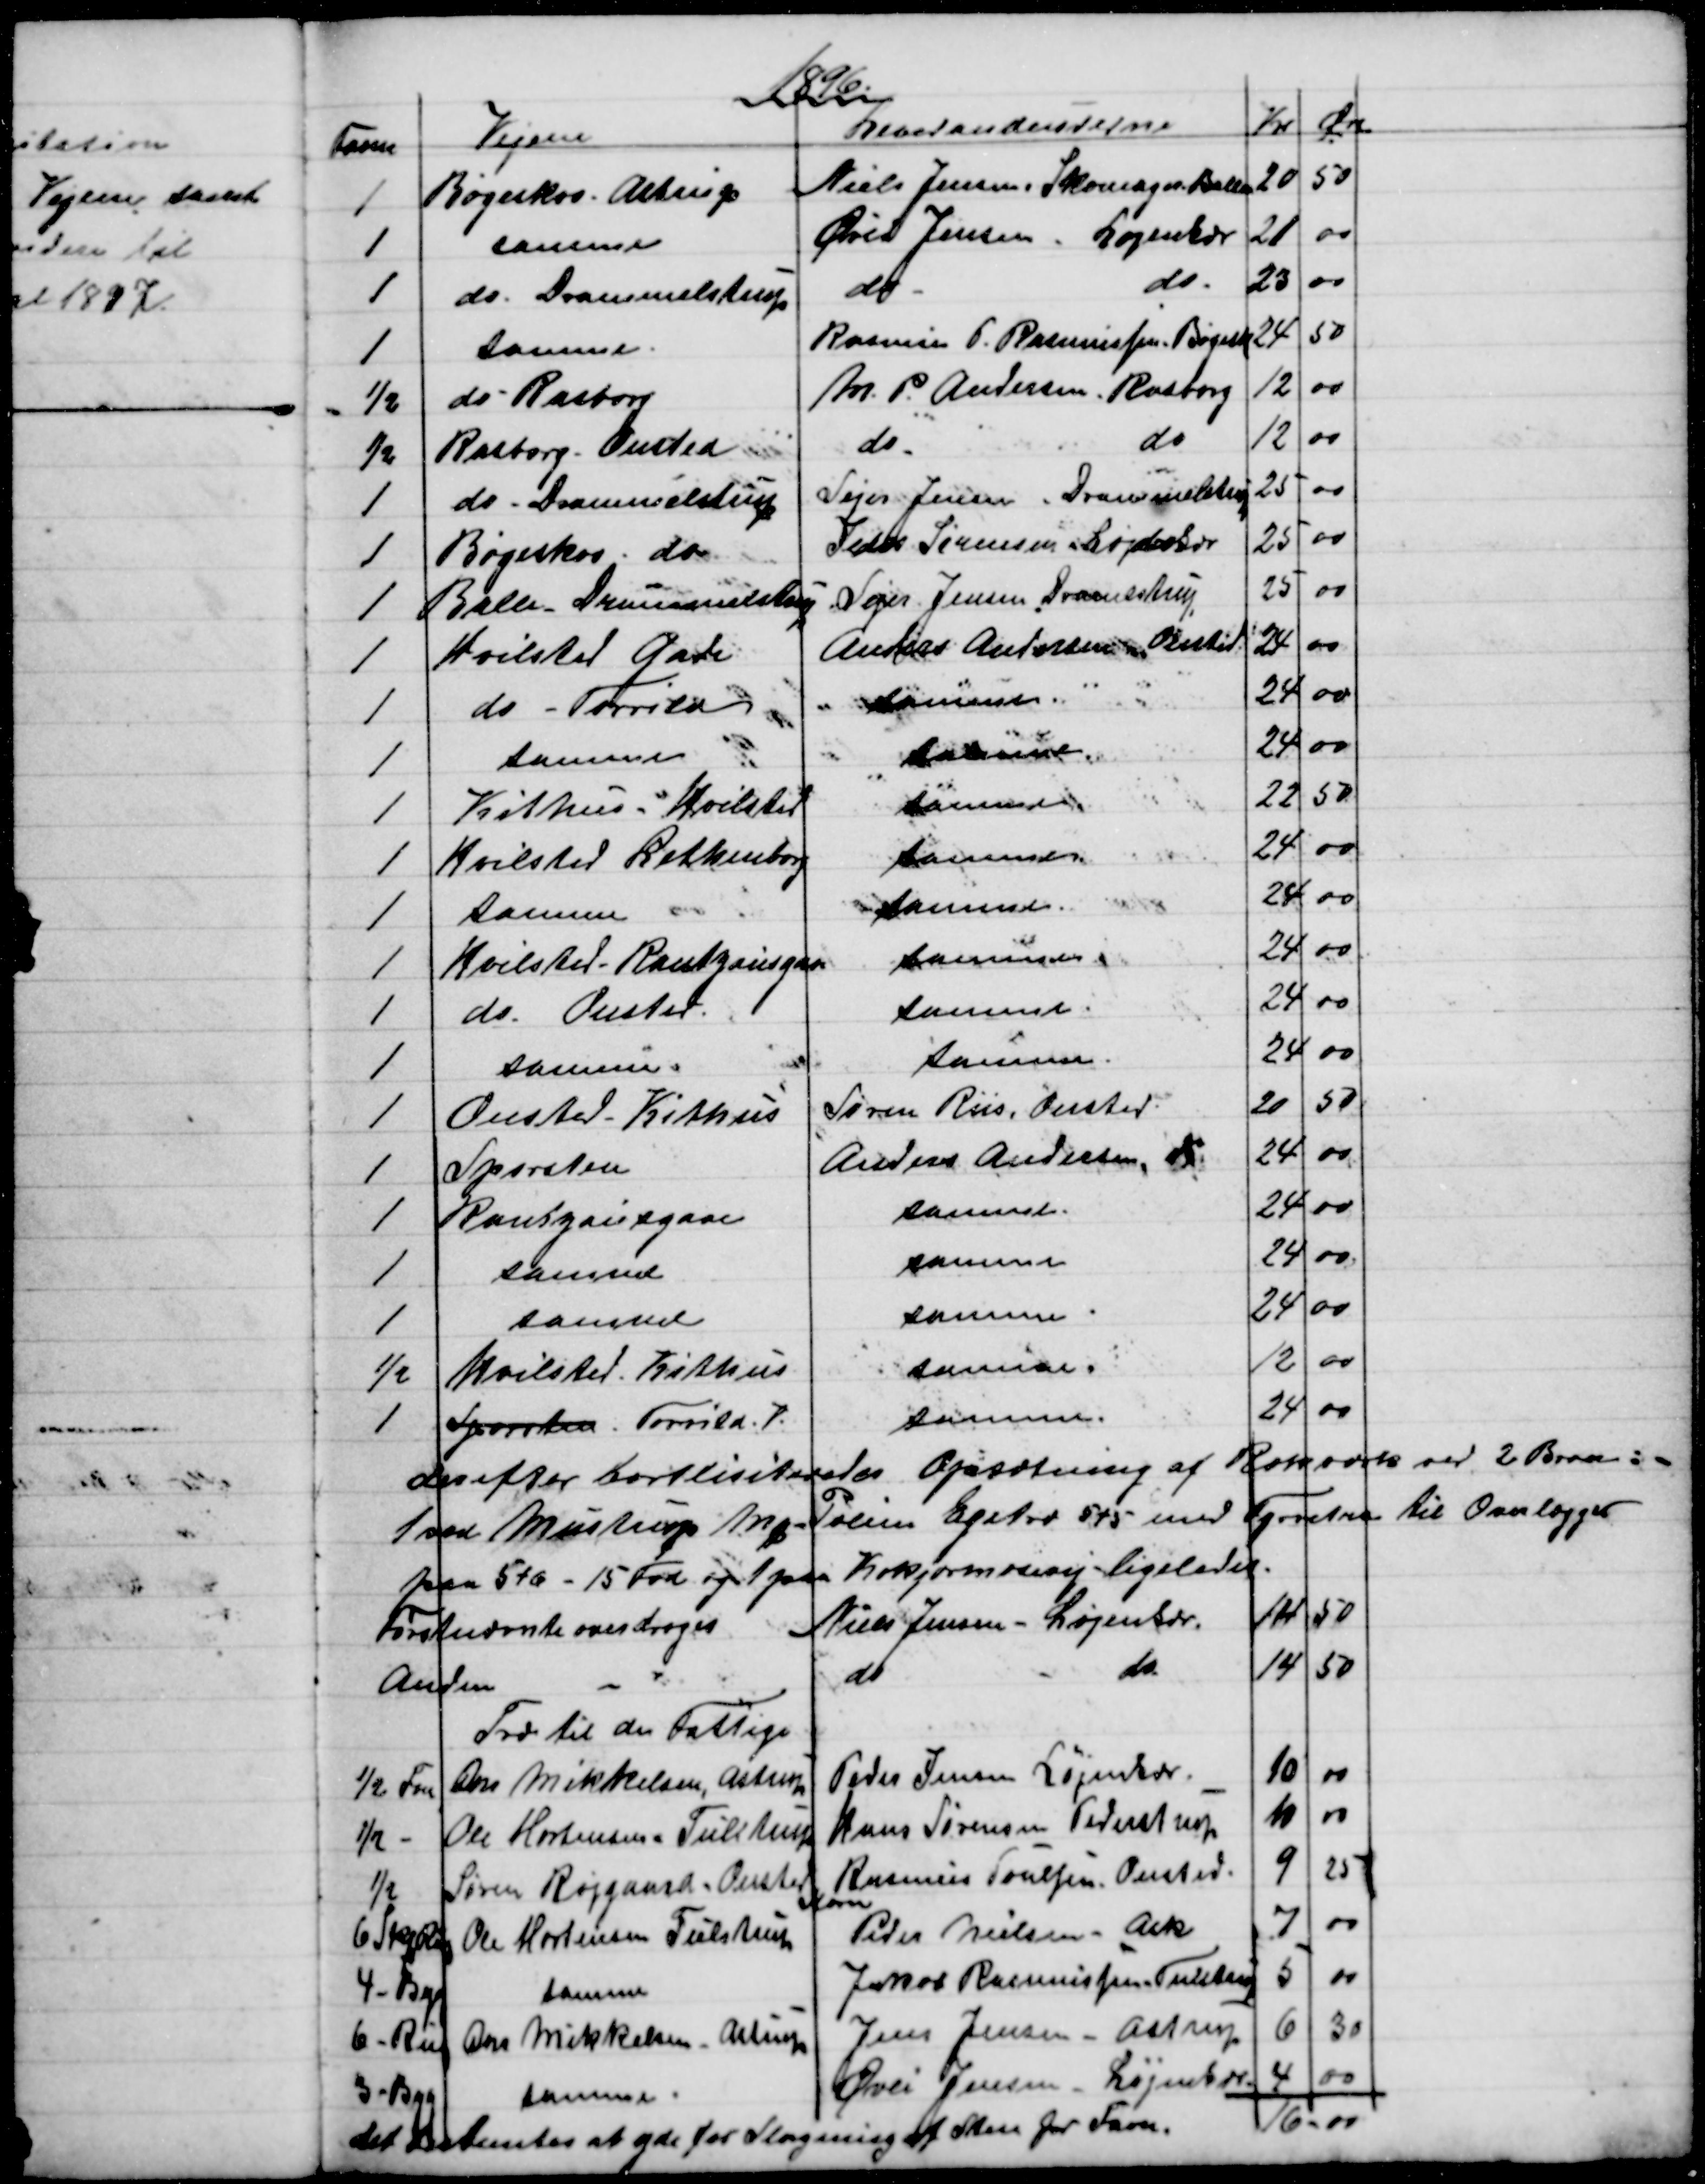
Transskription:
1896
Favne
Vejene
Leverandeurerne
Kr
Øre
1
Bøgeskov - Astrup
Niels Jensen, Skomager. Ballen
20
50
1
samme
Øvli Jensen, Løjenkær
21
00
1
do Drammelstrup
do
do
23
00
1
samme.
Rasmus P. Rasmussen, Bøgesk 
24
50
½
do Rasborg
M. P. Andersen, Rasborg
12
00
½
Rasborg - Onsted
do
do
12
00
1
do - Drammelstrup
Sejer Jensen, Drammelstrup
25
00
1
Bøgeskov - do
Peder Sørensen, Løjenkær
25
00
1
Balle - Drammelstrup
Sejer Jensen, Dramlstrup
25
00
1
Hvilsted Gade
Anders Andersen Onsted
24
00
1
do - Torrild
Samme.
24
00
1
samme
samme
24
00
1
Kithus - Hvilsted
samme
22
50
1
Hvilsted Lethenborg
samme
24
00
1
samme
samme.
24
00
1
Hvilsted - Rantzausgave
samme
24
00
1
do - Onsted.
samme.
24
00
1
samme.
samme.
24
00
1
Onsted - Kithus
Søren Riis, Onsted
20
50
1
Sporsten
Anders Andersen.
do
24
00
1
Rantzausgave
samme
24
00
1
samme
samme
24
00
1
samme
samme
24
00
½
Hvilsted - Kithus
samme
12
00
1
Sporsten. Torrild. V.
samme
24
00
derefter bortlisiteredes Opsætning af Rækværk ved 2 Broer: -
1 ved Mustrup Mk - Polim Egetræ 5+5 med Fyrretræ til Overlægger
paa 5+6 - 15 Fod og 1 paa Kokjærmosevej ligeledes.
Førstnævnte overdroges
Niels Jensen - Løjenkær.
14
50
Anden 
do
do
14
50
Træ til de fattige
½ Fvn
Ane Mikkelsen, Astrup
Peder Jensen Løjenkær
10
00
½ -
Ole Mortensen, Tulstrup
Hans Sørensen Pederstrup
10
00
½
Søren Røjgaard, Onsted
Rasmus Poulsen, Onsted.
9
25
Korn
6 Skp Rug
Ole Mortensen Tulstrup
Peder Nielsen. Ask
7
00
4 - Byg
samme
Jakob Rasmussen Tulstrup
5
00
6 - Rug
Ane Mikkelsen, Astrup
Jens Jensen - Astrup
6
30
3 - Byg
samme
Øvli Jensen, Løjenkær
4
00
det bestemtes at yde for Slagning af Sten pr Favn.
16-00